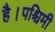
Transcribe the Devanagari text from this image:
है।पश्चिमी